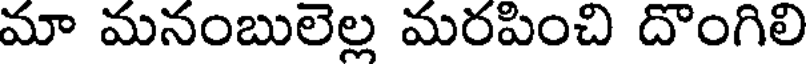
మా మనంబులెల్ల మరపించి దొంగిలి